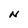
Character: N